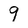
Character: 9